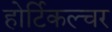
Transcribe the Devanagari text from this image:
होर्टिकल्चर